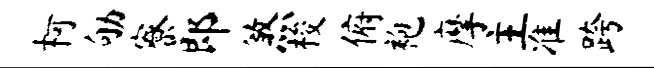
柯劬寮郎煞梭俯袍摩主准跨